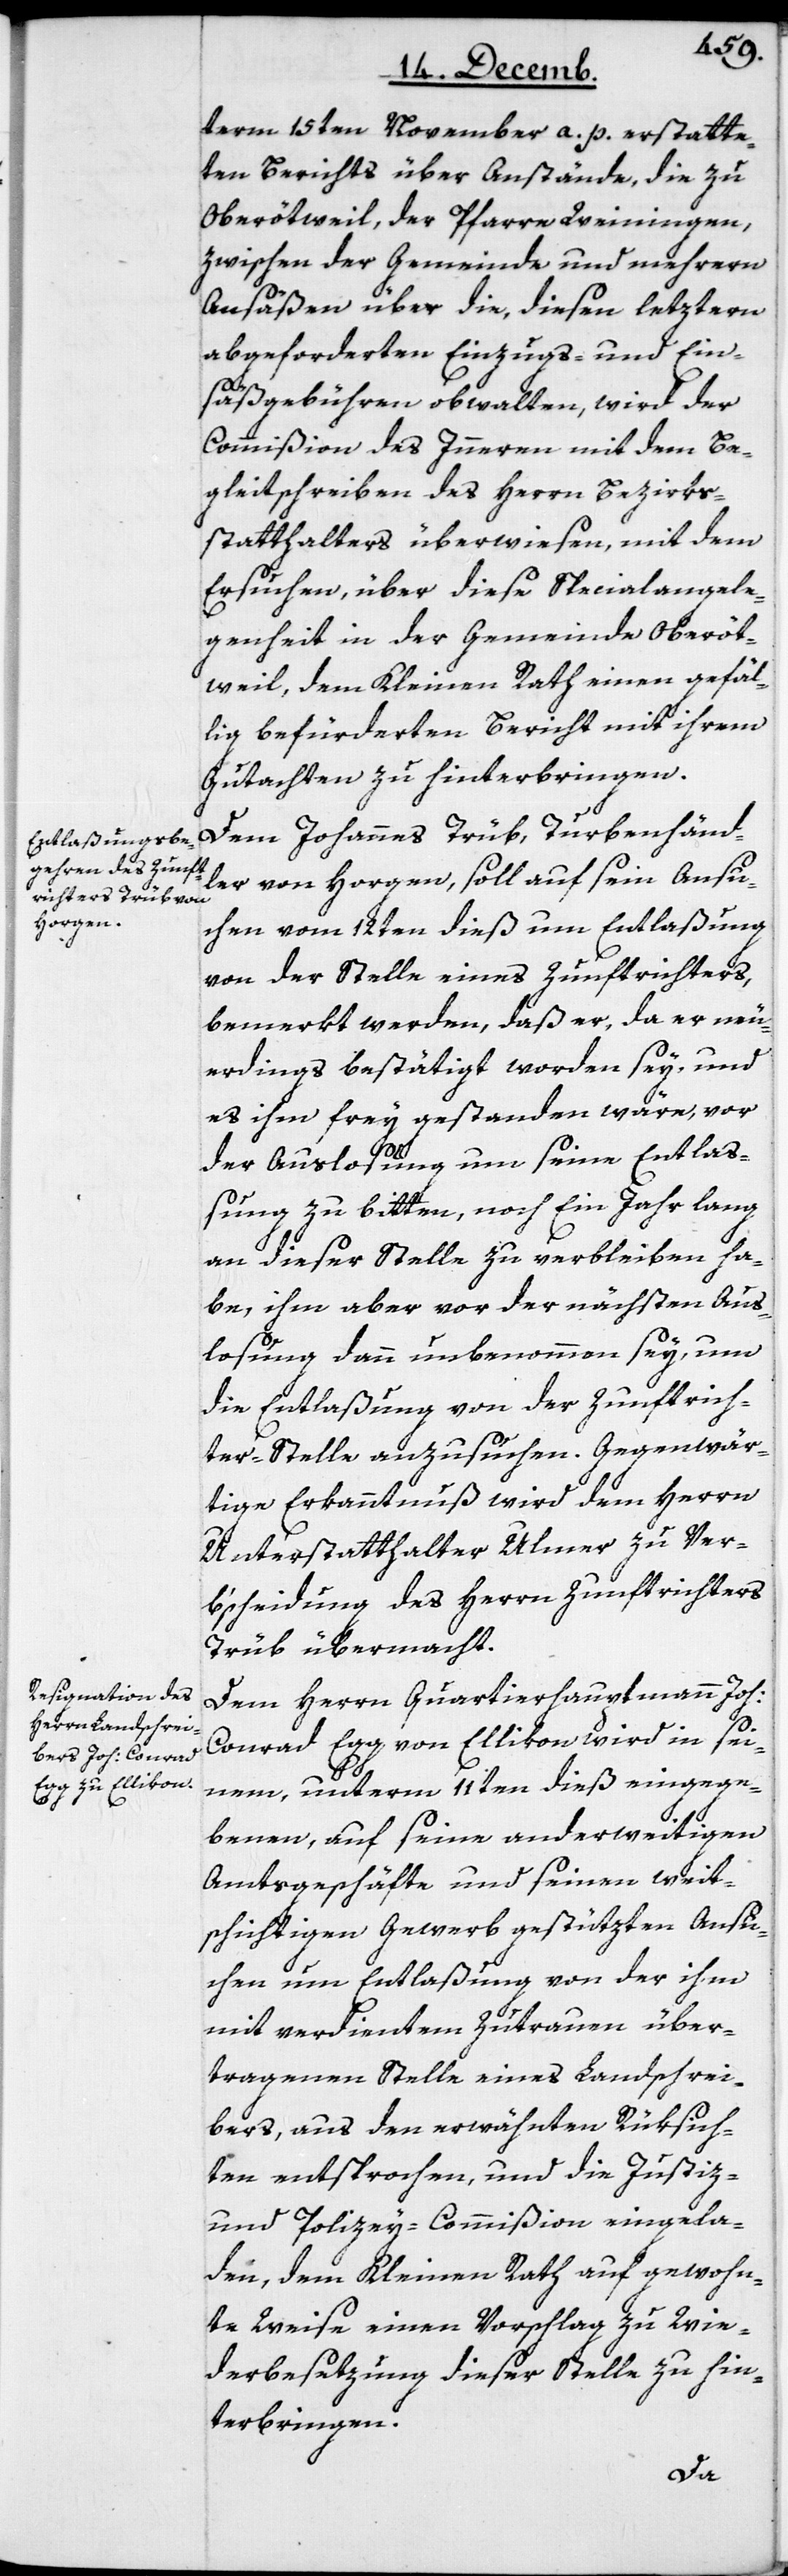
term 15ten November a .p. erstatte¬
ten Berichts über Anstände, die zu
Oberötweil, der Pfarre Weiningen,
zwischen der Gemeinde und mehrern
Ansäßen über die, diesen letztern
abgeforderten Einzugs- und Ein¬
säßgebühren obwalten, wird der
Commißion des Innern mit dem Be¬
gleitschreiben des Herrn Bezirks¬
statthalters überwiesen, mit dem
Ersuchen, über diese Specialangele¬
genheit in der Gemeinde Oberöt¬
weil, dem Kleinen Rath einen gefäl¬
lig befürderten Bericht mit ihrem
Gutachten zu hinterbringen.
Dem Johannes Trüb, Turbenhänd¬
ler von Horgen, soll auf sein Ansu¬
chen vom 12ten dieß um Entlaßung
von der Stelle eines Zunftrichters,
bemerkt werden, daß er, da er neu¬
erdings bestätigt worden sey, und
es ihm frey gestanden wäre, vor
der Auslosung um seine Entlaß¬
ung zu bitten, noch Ein Jahr lang
an dieser Stelle zu verbleiben ha¬
be, ihm aber vor der nächsten Aus¬
losung dann unbenommen sey, um
die Entlaßung von der Zunftrich¬
ter-Stelle anzusuchen. Gegenwär¬
tige Erkanntnuß wird dem Herrn
Unterstatthalter Ulmer zu Ver¬
bscheidung des Herrn Zunftrichters
Trüb übermacht.
Dem Herrn Quartierhauptmann Joh.
Conrad Egg von Ellikon wird in sei¬
nem, unterm 11ten dieß eingege¬
benen, auf seine anderweitigen
Amtsgeschäfte und seinen weit¬
schichtigen Gewerb gestützten Ansu¬
chen um Entlaßung von der ihm
mit verdientem Zutrauen über¬
tragenen Stelle eines Landschrei¬
bers, aus den erwähnten Rüksich¬
ten entsprochen, und die Justiz-
und Polizey-Commißion eingela¬
den, dem Kleinen Rath auf gewohn¬
te Weise einen Vorschlag zu Wie¬
derbesetzung dieser Stelle zu hin¬
terbringen.